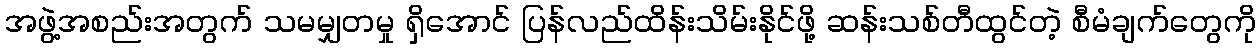
အဖွဲ့အစည်းအတွက် သမမျှတမှု ရှိအောင် ပြန်လည်ထိန်းသိမ်းနိုင်ဖို့ ဆန်းသစ်တီထွင်တဲ့ စီမံချက်တွေကို